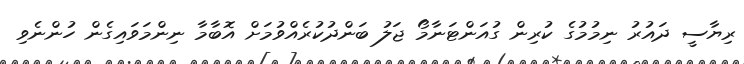
ރިޔާސީ ދައުރު ނިމުމުގެ ކުރިން ގުއަންޓަނާމޯ ޖަލު ބަންދުކުރެއްވުމަށް އޮބާމާ ނިންމަވައިގެން ހުންނެވި